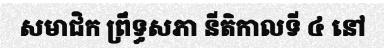
សមាជិក ព្រឹទ្ធសភា នីតិកាលទី ៤ នៅ